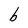
Character: b